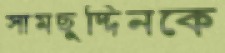
সামছুদ্দিনকে